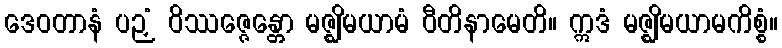
ဒေဝတာနံ ပဉှံ ဝိဿဇ္ဇေန္တော မဇ္ဈိမယာမံ ဝီတိနာမေတိ။ ဣဒံ မဇ္ဈိမယာမကိစ္စံ။